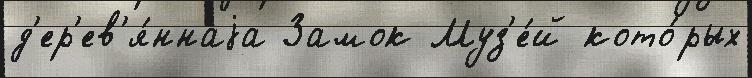
д'ер'ев'я́ннаjа Замок Муз'е́й кото́рых